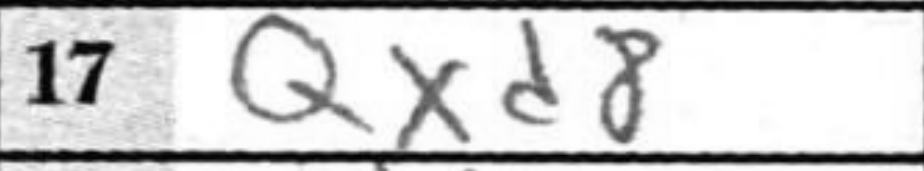
Transcription: Qxd8